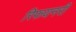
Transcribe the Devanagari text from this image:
रिफयनरी